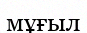
мұғыл